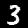
Digit: 3